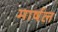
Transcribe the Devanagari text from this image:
मार्षल